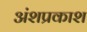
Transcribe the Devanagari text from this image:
अंशप्रकाश